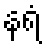
နရံ